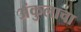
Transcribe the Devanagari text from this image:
अंकुलाचा